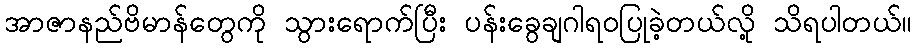
အာဇာနည်ဗိမာန်တွေကို သွားရောက်ပြီး ပန်းခွေချဂါရဝပြုခဲ့တယ်လို့ သိရပါတယ်။